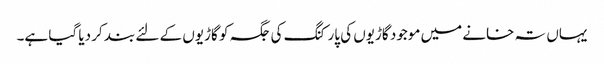
یہاں تہ خانے میں موجود گاڑیوں کی پارکنگ کی جگہ کو گاڑیوں کے لئے بند کر دیا گیا ہے۔